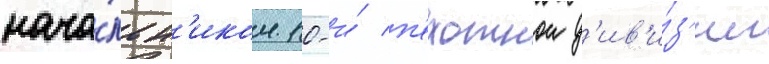
нача́льн'иком 10-и́ п'ехотнои д'ив'и́з'ии